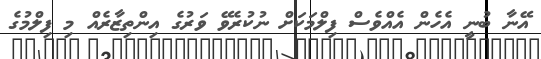
އޭނާ ބުނީ އެހެން އެއްވެސް ފިލްމަކަށް ނުކުރެވޭ ވަރުގެ އިންތިޒާރެއް މި ފިލްމުގެ